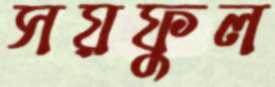
সয়ফুল